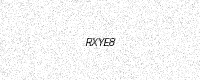
Text: RXYE8